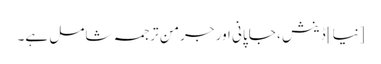
[نیا] ڈینش ، جاپانی اور جرمن ترجمہ شامل ہے۔